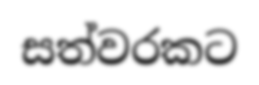
සත්වරකට